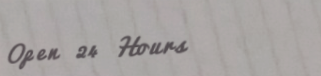
Open 24 Hours